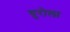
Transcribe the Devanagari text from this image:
युरोला